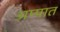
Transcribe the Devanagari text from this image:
अम्पात